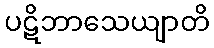
ပဋိဘာသေယျာတိ